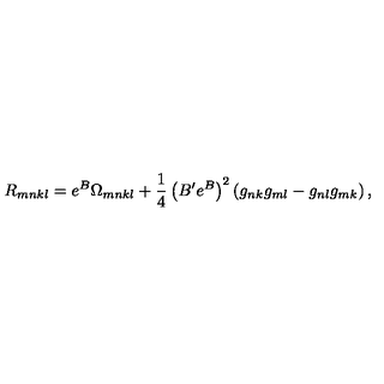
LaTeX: R _ { m n k l } = e ^ { B } \Omega _ { m n k l } + \frac { 1 } { 4 } \left( B ^ { \prime } e ^ { B } \right) ^ { 2 } \left( g _ { n k } g _ { m l } - g _ { n l } g _ { m k } \right) ,